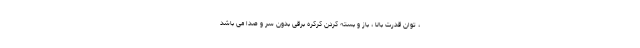
، توان قدرت بالا ، باز و بسته کردن کرکره برقی بدون سر و صدا می باشد